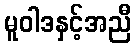
မူဝါဒနှင့်အညီ